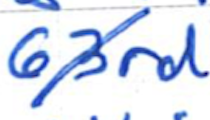
Text: 63rd
Cross-out: diagonal
Writing tool: ballpoint